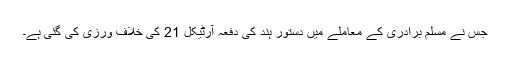
جس نے مسلم برادری کے معاملے میں دستور ہند کی دفعہ آرٹیکل 21 کی خلاف ورزی کی گئی ہے۔